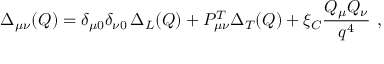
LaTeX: \Delta _ { \mu \nu } ( Q ) = \delta _ { \mu 0 } \delta _ { \nu 0 } \, \Delta _ { L } ( Q ) + { \cal P } _ { \mu \nu } ^ { T } \Delta _ { T } ( Q ) + \xi _ { C } \frac { Q _ { \mu } Q _ { \nu } } { q ^ { 4 } } \ ,